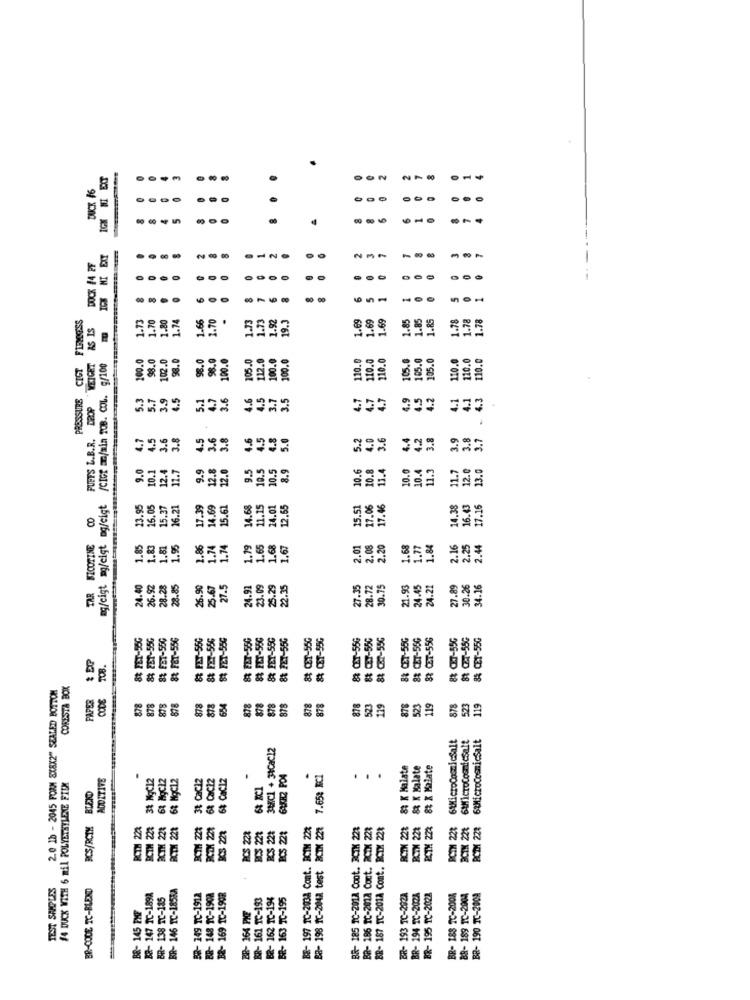
DUCK #6
0
0
5
0
DOCK 14 PF
IDK MI EXT
8
.
-
8
00
FIRMNESS
1.70
1.74
1.66
1.70
1.73
1.73
1.82
1.69
1.69
2.85
1.85
1.85
1.78
1.78
1.78
AS IS
1.73
1.80
19.3
1.69
100.0
98.0
02.0
98.0
98.0
98.0
100.0
110.0
110.0
10.0
185.0
CIGT
WEIGET
/CIot m/min TOB. COL. g/100
100.0
205.0
112.0
100.0
105.0
105.
110.4
120.0
110.0
PRESSURE
5.3
5.7
3.5
4.5
5.1
4.7
3.6
4.6
3.5
4.7
4.9
4.2
4.1
4.3
DROP
4.5
3.7
4.7
49
4.1
PUFFS L.B.R.
4.7
3.6
3.8
4.5
3.6
3.8
4.6
4.5
4.8
5.0
5.2
4.0
3.6
4.2
3.8
3.9
3.8
3.7
9.0
12.4
9.9
12.0
9.5
10.5
8.9
10.6
10.8
11.4
10.4
11.3
12.0
23.0
11.7
12.8
10.5
10.0
11.
17.06
mg/cigt mg/cigt mg/cigt
23.95
16.05
15.37
17.39
14.69
15.61
14.68
11.15
24.01
12.65
15.51
17.46
14.38
16.43
17.16
8
TAR NICOTINE
1.85
1.83
1.95
1.86
1.74
1.74
1.19
1.65
1.68
1.67
2.01
2.08
2.20
1.68
1.77
1.84
2.16
2.25
2.44
24.40
26.92
28.28
28.85
26.90
25-67
27.5
24.91
25.29
.75
27.35
28.72
30.75
21.93
24.45
24.21
27.89
30.26
34.16
23.
8₺ FET-55G
8% FET-55G
8% FBT-550
8% FAT-556
& FIT-55G
88 FP7-556
83 FET-550
83 PET-556
8 FLT-556
8 FET-550
8% FET-55G
88 CET-55G
A CET-55G
& CAT-55G
CET-55G
8% CET-55G
83 CET-556
88 CET-55G
TO8.
2.0 1b - 2045 FORM 8X8X2" SEALED BOTTOM
CORESTA BOX
PAPER
CODE
878
523
878
523
119
878
878
878
878
878
654
878
878
878
878
878
878
119
878
523
119
6&MicroCosmicsalt
34Cl + 31Cac12
& K Malate
83 K Malate
8 X Malate
ADDITIVE
38 NgC12
63 MgC12
6t NgC12
38 Cac12
68 Cac12
68 CaCIz
.
GIKK2 PO4
BCTX 221 7.658 NCI
#4 DUCK WITH 6 mil POLYETHYLENE FICK
...
BCS/RCIM
RCTM 223
ROTH 223
BCTH 221
KS 2
BCS 221
RCS 221
BCS 221
203A Cont. BCTH 22%
228
228
PCIM 228
RCTM 2
Cont. RCIX 2
201A Cont. RCmX 2
RCTX 22
RCTM 2
RCTM 2
BCIM 2
est
xt.
TEST SHOPLES
BR-CODE TC-BLEND
BR- 146 TC-1855A
BR- 148 TC-1908
BB- 147 TC-1898
BR- 138 TC-185
BB- 149 TC-1912
B8- 169 TC-1908
IC-193
162 IC-194
TC-195
BR- 145 PMF
- 164 PHE
BR- 163